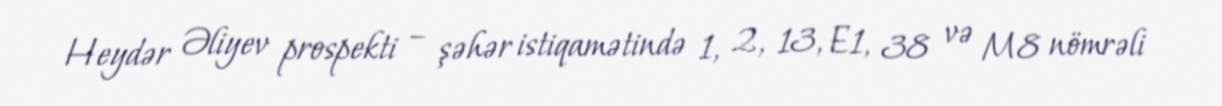
Heydər Əliyev prospekti – şəhər istiqamətində 1, 2, 13, E1, 38 və M8 nömrəli